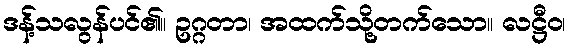
ဒန့်သလွန်ပင်၏။ ဥဂ္ဂတာ၊ အထက်သို့တက်သော။ လဋ္ဌီဝ၊